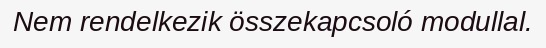
Nem rendelkezik összekapcsoló modullal.